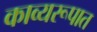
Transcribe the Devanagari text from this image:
काव्यरूपात